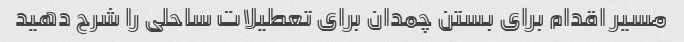
مسیر اقدام برای بستن چمدان برای تعطیلات ساحلی را شرح دهید